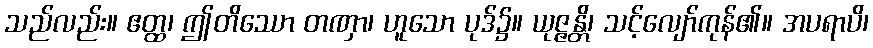
သည်လည်း။ ဧတ္ထ၊ ဤတိဿော တဏှာ၊ ဟူသော ပုဒ်၌။ ယုဇ္ဇန္တိ၊ သင့်လျော်ကုန်၏။ အပရာပိ၊